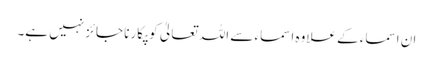
ان اسماء کے علاوہ اسماء سے اللہ تعالیٰ کو پکارنا جائز نہیں ہے۔